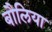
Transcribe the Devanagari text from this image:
बौलिया